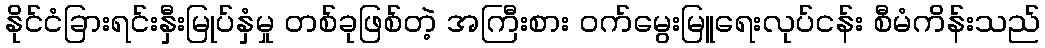
နိုင်ငံခြားရင်းနှီးမြုပ်နှံမှု တစ်ခုဖြစ်တဲ့ အကြီးစား ဝက်မွေးမြူရေးလုပ်ငန်း စီမံကိန်းသည်